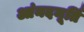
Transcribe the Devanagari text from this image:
आंनदमूर्ति